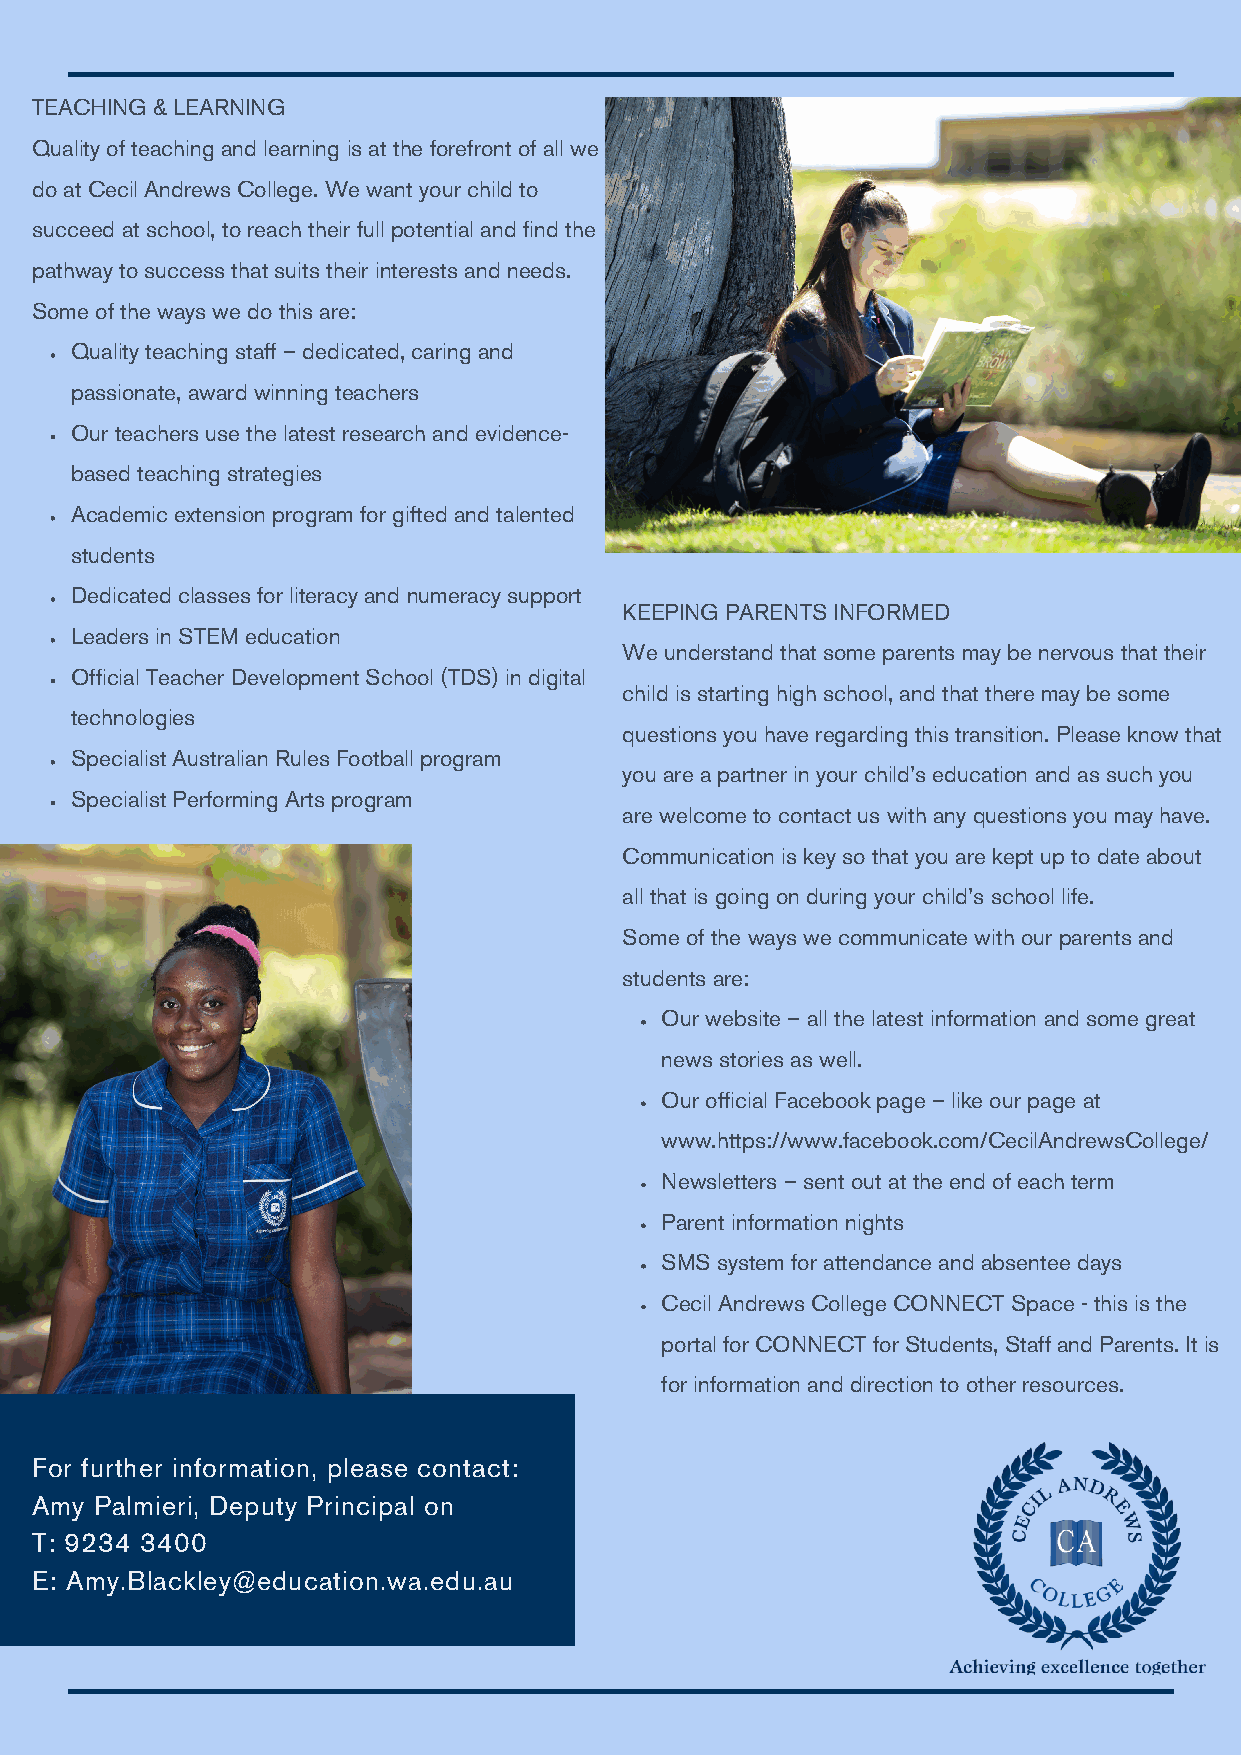
TEACHING & LEARNING
 Quality of teaching and learning is at the forefront of all we
 do at Cecil Andrews College. We want your child to
 succeed at school, to reach their full potential and find the
 pathway to success that suits their interests and needs.
 Some of the ways we do this are:
 Quality teaching staff – dedicated, caring and
 passionate, award winning teachers
 Our teachers use the latest research and evidence-
 based teaching strategies
 Academic extension program for gifted and talented
 students
 Dedicated classes for literacy and numeracy support
 KEEPING PARENTS INFORMED
 Leaders in STEM education
 We understand that some parents may be nervous that their
 Official Teacher Development School (TDS) in digital
 child is starting high school, and that there may be some
 technologies
 questions you have regarding this transition. Please know that
 Specialist Australian Rules Football program
 you are a partner in your child’s education and as such you
 Specialist Performing Arts program
 are welcome to contact us with any questions you may have.
 Communication is key so that you are kept up to date about
 all that is going on during your child’s school life.
 Some of the ways we communicate with our parents and
 students are:
 Our website – all the latest information and some great
 news stories as well.
 Our official Facebook page – like our page at
 www.https://www.facebook.com/CecilAndrewsCollege/
 Newsletters – sent out at the end of each term
 Parent information nights
 SMS system for attendance and absentee days
 Cecil Andrews College CONNECT Space - this is the
 portal for CONNECT for Students, Staff and Parents. It is
 for information and direction to other resources.
 For further information, please contact:
 Amy Palmieri, Deputy Principal on
 T: 9234 3400
 E: Amy.Blackley@education.wa.edu.au